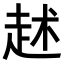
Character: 𧺶